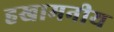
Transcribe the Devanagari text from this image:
हखामनीय